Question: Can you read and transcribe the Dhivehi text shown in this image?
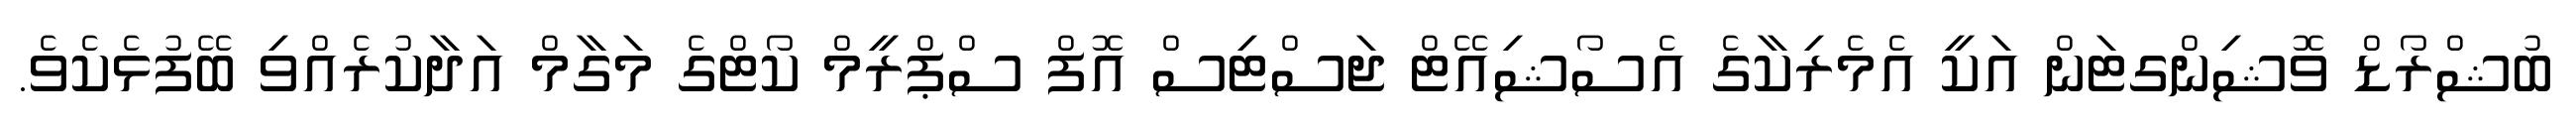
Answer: ބުޝްރޯޑް ވޮޝިންގޓަން އަކީ އެމެރިކާގެ އެސޯޝިއޭޓް ޖަސްޓިސް އޮފް ސްޕްރީމް ކޯޓްގެ މަގާމް އަދާކުރެއްވި ބޭފުޅެކެވެ.